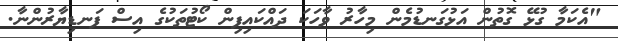
"އެކަމާ ގުޅޭ ގޮތުން އަޅުގަނޑުމެން މިހާރު ވާހަކަ ދައްކައިފިން ކޯޓުތަކުގެ އިސް ފަނޑިޔާރުންނާ.